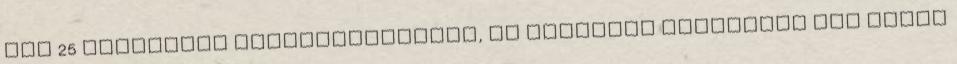
meg 25 képkockát másodpercenként, az ugyanúgy szaggatni fog akkor